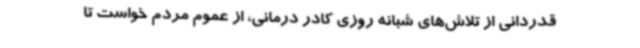
قدردانی از تلاش‌های شبانه روزی کادر درمانی، از عموم مردم خواست تا